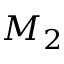
M _ { 2 }